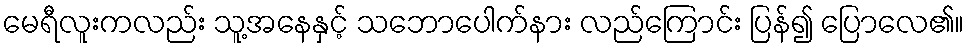
မေရီလူးကလည်း သူ့အနေနှင့် သဘောပေါက်နား လည်ကြောင်း ပြန်၍ ပြောလေ၏။